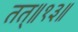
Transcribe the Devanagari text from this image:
तत्॥१३॥